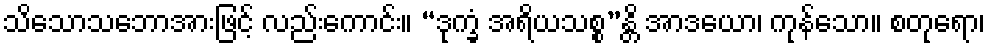
သိသောသဘောအားဖြင့် လည်းကောင်း။ “ဒုက္ခံ အရိယသစ္စ”န္တိ အာဒယော၊ ကုန်သော။ စတုရော၊